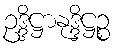
ဥဒ္ဒိဋ္ဌာနုဒ္ဒိဋ္ဌဉ္စ